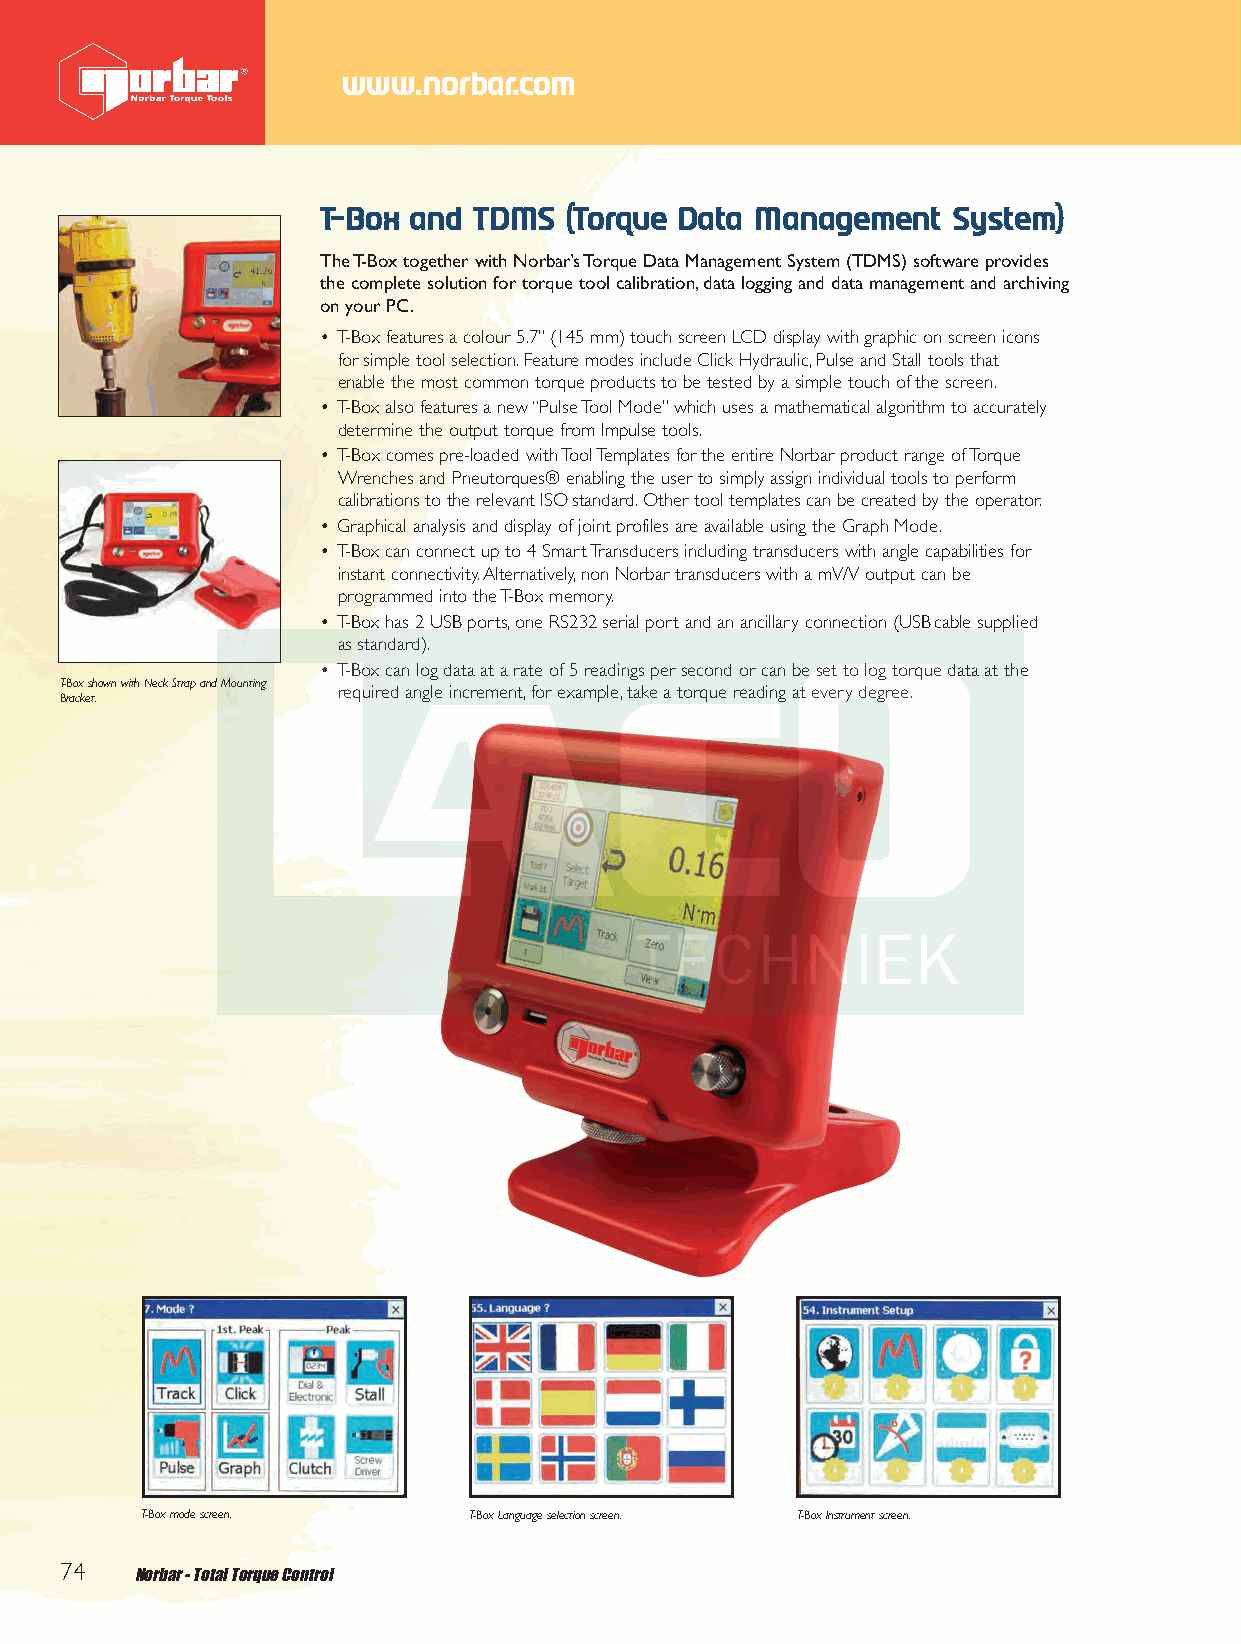
End 2012 Q6.qxd 30/10/12 8:59 am Page 74
 www.norbar.com
 T-Box and TDMS  (Torque Data Management   System)
 The T-Box together with Norbar’s Torque Data Management System (TDMS) software provides
 the complete solution for torque tool calibration,data logging and data management and archiving
 on your PC.
 • T-Box features a colour 5.7”(145 mm) touch screen LCD display with graphic on screen icons
 for simple tool selection.Feature modes include Click Hydraulic,Pulse and Stall tools that
 enable the most common torque products to be tested by a simple touch of the screen.
 • T-Box also features a new “Pulse Tool Mode”which uses a mathematical algorithm to accurately
 determine the output torque from Impulse tools.
 • T-Box comes pre-loaded with Tool Templates for the entire Norbar product range of Torque
 Wrenches and Pneutorques® enabling the user to simply assign individual tools to perform
 calibrations to the relevant ISOstandard.Other tool templates can be created by the operator.
 • Graphical analysis and display of joint profiles are available using the Graph Mode.
 • T-Box can connect up to 4 Smart Transducers including transducers with angle capabilities for
 instant connectivity.Alternatively,non Norbar transducers with a mV/V output can be
 programmed into the T-Box memory.
 • T-Box has 2 USB ports,one RS232 serial port and an ancillary connection (USBcable supplied
 as standard).
 • T-Box can log data at a rate of 5 readings per second or can be set to log torque data at the
 T-Box shown with Neck Strap and Mounting
 required angle increment,for example,take a torque reading at every degree.
 Bracket.
 T-Box mode screen.    T-Box Language selection screen. T-Box Instrument screen.
 74   Norbar - Total Torque Control